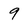
Character: 9